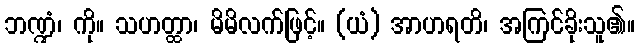
ဘဏ္ဍံ၊ ကို။ သဟတ္ထာ၊ မိမိလက်ဖြင့်။ (ယံ) အာဟရတိ၊ အကြင်ခိုးသူ၏။